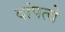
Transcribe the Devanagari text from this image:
दांपत्ये